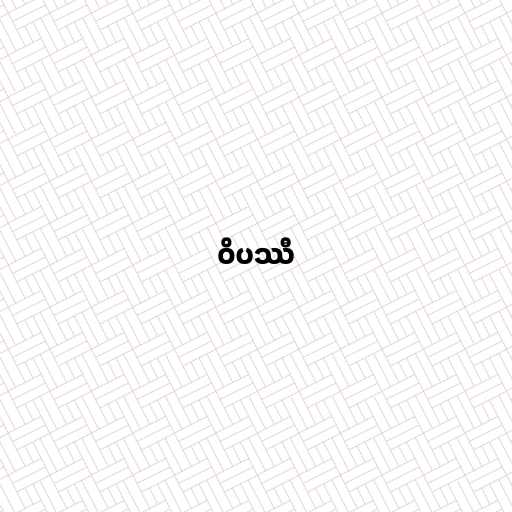
ဝိပဿီ